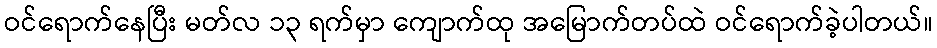
ဝင်ရောက်နေပြီး မတ်လ ၁၃ ရက်မှာ ကျောက်ထု အမြောက်တပ်ထဲ ဝင်ရောက်ခဲ့ပါတယ်။